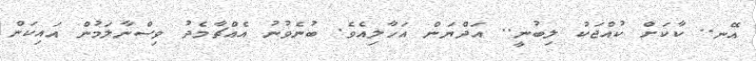
އޭނ.. ކާކަށް ކުއްޖަކު ލިބުނީ.. އަދްޔަން އަހާލިއެވެ. ބުނެވުނު އެއްޗާމެދު ވިސްނާލަމުން އައިކަން